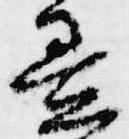
畳